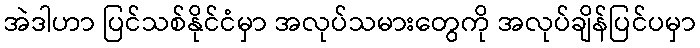
အဲဒါဟာ ပြင်သစ်နိုင်ငံမှာ အလုပ်သမားတွေကို အလုပ်ချိန်ပြင်ပမှာ